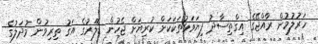
ހަރުލުމުން ރާއްޖޭގެ އިގްތިސާދު ފިޔަވަޅުތަކަކަށް ކުރިޔަށް ޖެހުން ޑޮލަރުގެ އަގު ތިރިވުން މުދަލުގެ